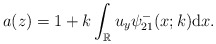
\begin{align*}a(z)=1+k \int_{\mathbb{R}} u_y \psi^-_{21}(x;k) \mathrm{d}x. \end{align*}